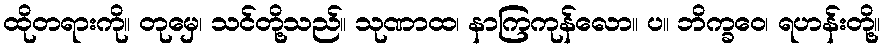
ထိုတရားကို။ တုမှေ၊ သင်တို့သည်။ သုဏာထ၊ နာကြကုန်လော။ ပ။ ဘိက္ခဝေ၊ ရဟန်းတို့။